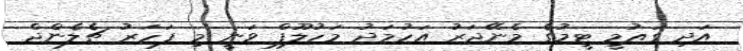
އަދި ގައުމީ ޓީމުގެ މެނޭޖަރު އަހުމަދު މަހުލޫފް ވަނީ މި ފަހަރު ޗެލެންޖް